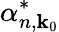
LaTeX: \alpha_{n,\textbf{k}_{0}}^{*}